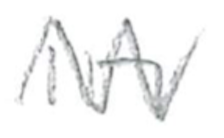
Text: in
Cross-out: zig-zag
Writing tool: pencil